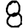
Digit: 8